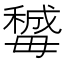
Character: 𣫽